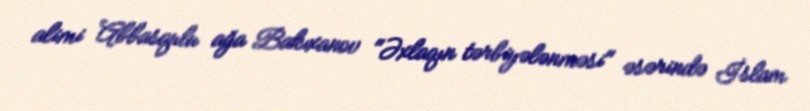
alimi Abbasqulu ağa Bakıxanov "Əxlaqın tərbiyələnməsi" əsərində İslam